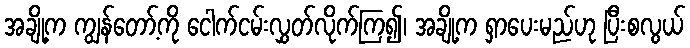
အချို့က ကျွန်တော့်ကို ငေါက်ငမ်းလွှတ်လိုက်ကြ၍၊ အချို့က ရှာပေးမည်ဟု ပြီးစလွယ်